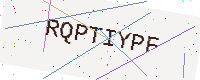
Text: RQPTIYPF